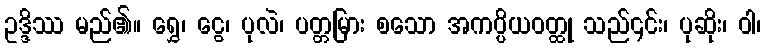
ဥဒ္ဒိဿ မည်၏။ ရွှေ၊ ငွေ၊ ပုလဲ၊ ပတ္တမြား စသော အကပ္ပိယဝတ္ထု သည်၎င်း၊ ပုဆိုး၊ ဝါ၊